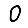
Digit: 0